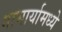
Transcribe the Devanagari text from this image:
गाभार्यामध्ये